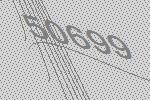
50699